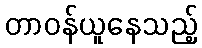
တာဝန်ယူနေသည့်